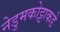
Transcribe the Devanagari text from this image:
नेडुमकोट्टाकडे